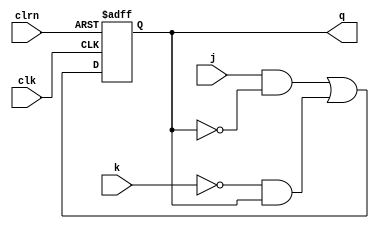
`timescale 1ns / 1ps
module jkff (j,k,clk,clrn,q);                    // jkff with asynchronous reset
    input j, k, clk, clrn;                       // inputs j, k, clock, reset
    output reg q;                                // output q, register type
    always @ (posedge clk or negedge clrn) begin // always block, "or"
        if (!clrn) q <= 0;                       // if clrn is active, reset jkff
        else q <= j & ~q | ~k & q;               // else update jkff
    end
endmodule